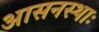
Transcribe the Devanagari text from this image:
आसनस्थाः